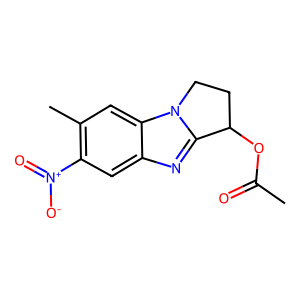
SMILES: CC(=O)OC1CCn2c1nc1cc([N+](=O)[O-])c(C)cc12
Inhibits HIV replication: No